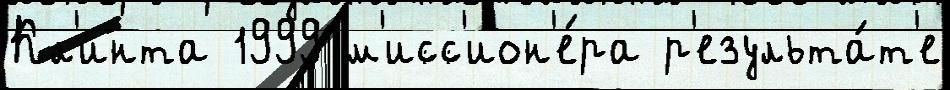
Кл'инта 1999 м'исс'ион'е́ра р'езульта́т'е